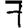
Digit: 7